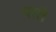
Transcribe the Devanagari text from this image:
पाते